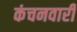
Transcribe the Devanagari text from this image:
कंचनवारी